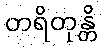
တရိတုန္တိ